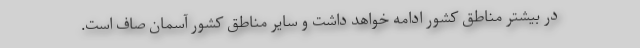
در بیشتر مناطق کشور ادامه خواهد داشت و سایر مناطق کشور آسمان صاف است.